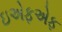
ઇએફએફ